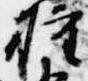
権